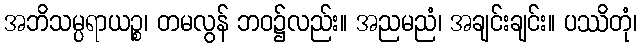
အဘိသမ္ပရာယဉ္စ၊ တမလွန် ဘဝ၌လည်း။ အညမညံ၊ အချင်းချင်း။ ပဿိတုံ၊